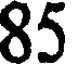
85